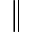
\Vert